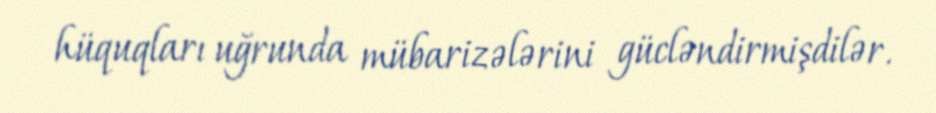
hüquqları uğrunda mübarizələrini gücləndirmişdilər.